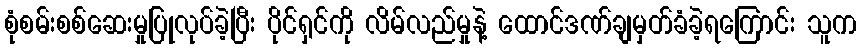
စုံစမ်းစစ်ဆေးမှုပြုလုပ်ခဲ့ပြီး ပိုင်ရှင်ကို လိမ်လည်မှုနဲ့ ထောင်ဒဏ်ချမှတ်ခံခဲ့ရကြောင်း သူက